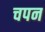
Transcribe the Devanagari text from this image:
चपन